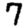
Digit: 7